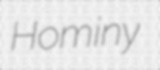
Hominy